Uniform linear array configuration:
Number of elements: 48
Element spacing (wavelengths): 0.25
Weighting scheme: kaiser
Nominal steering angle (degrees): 0
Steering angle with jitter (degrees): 0.4936
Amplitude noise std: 0.05
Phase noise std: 0.05

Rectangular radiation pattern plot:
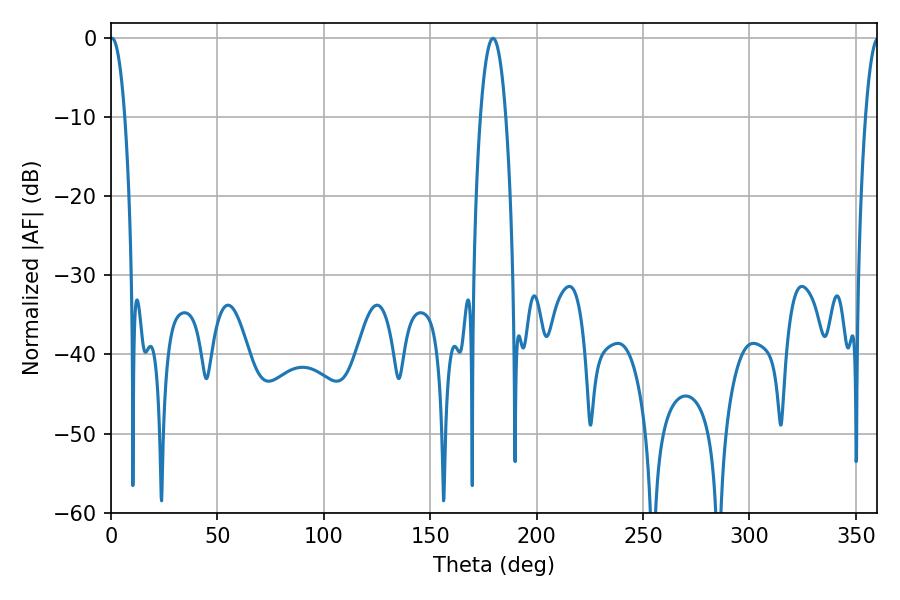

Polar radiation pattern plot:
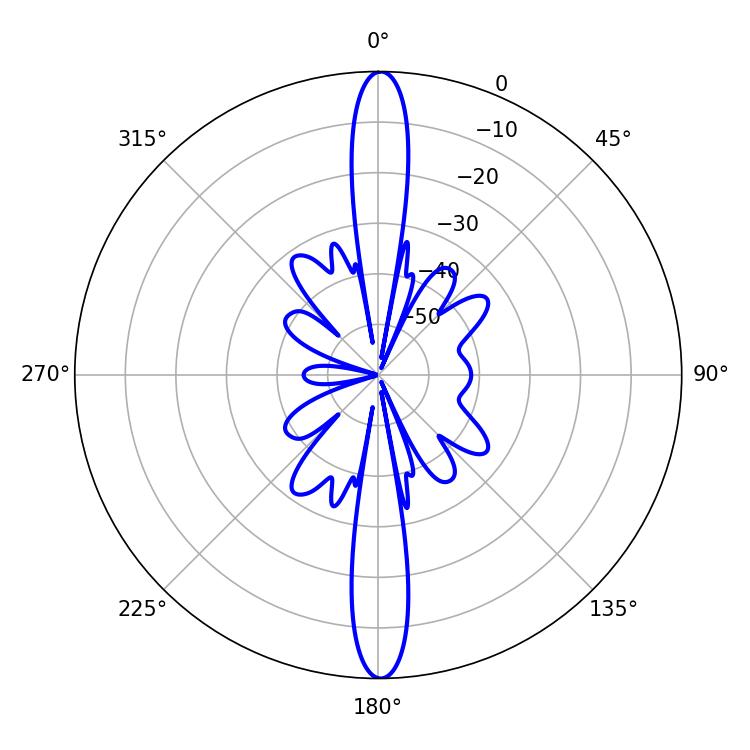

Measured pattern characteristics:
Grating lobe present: FALSE
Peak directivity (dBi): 29.772
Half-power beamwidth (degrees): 3.78
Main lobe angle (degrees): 0.54